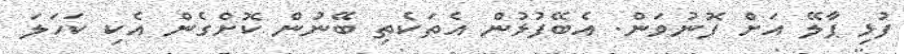
ފުޅި ޕާލޭ އަށް ފޮނުވަން. އެބޭފުޅުން އެތަކެތި ބޭނުން ކޮށްގެން އެކި ކަހަލަ